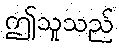
ဤသူသည်